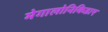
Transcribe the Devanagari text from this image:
मेगालोनिकिडाए